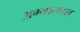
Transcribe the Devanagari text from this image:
अभ्यारणय